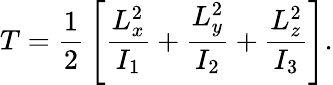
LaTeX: T={\frac{1}{2}}\left[{\frac{L_{x}^{2}}{I_{1}}}+{\frac{L_{y}^{2}}{I_{2}}}+{\frac{L_{z}^{2}}{I_{3}}}\right].